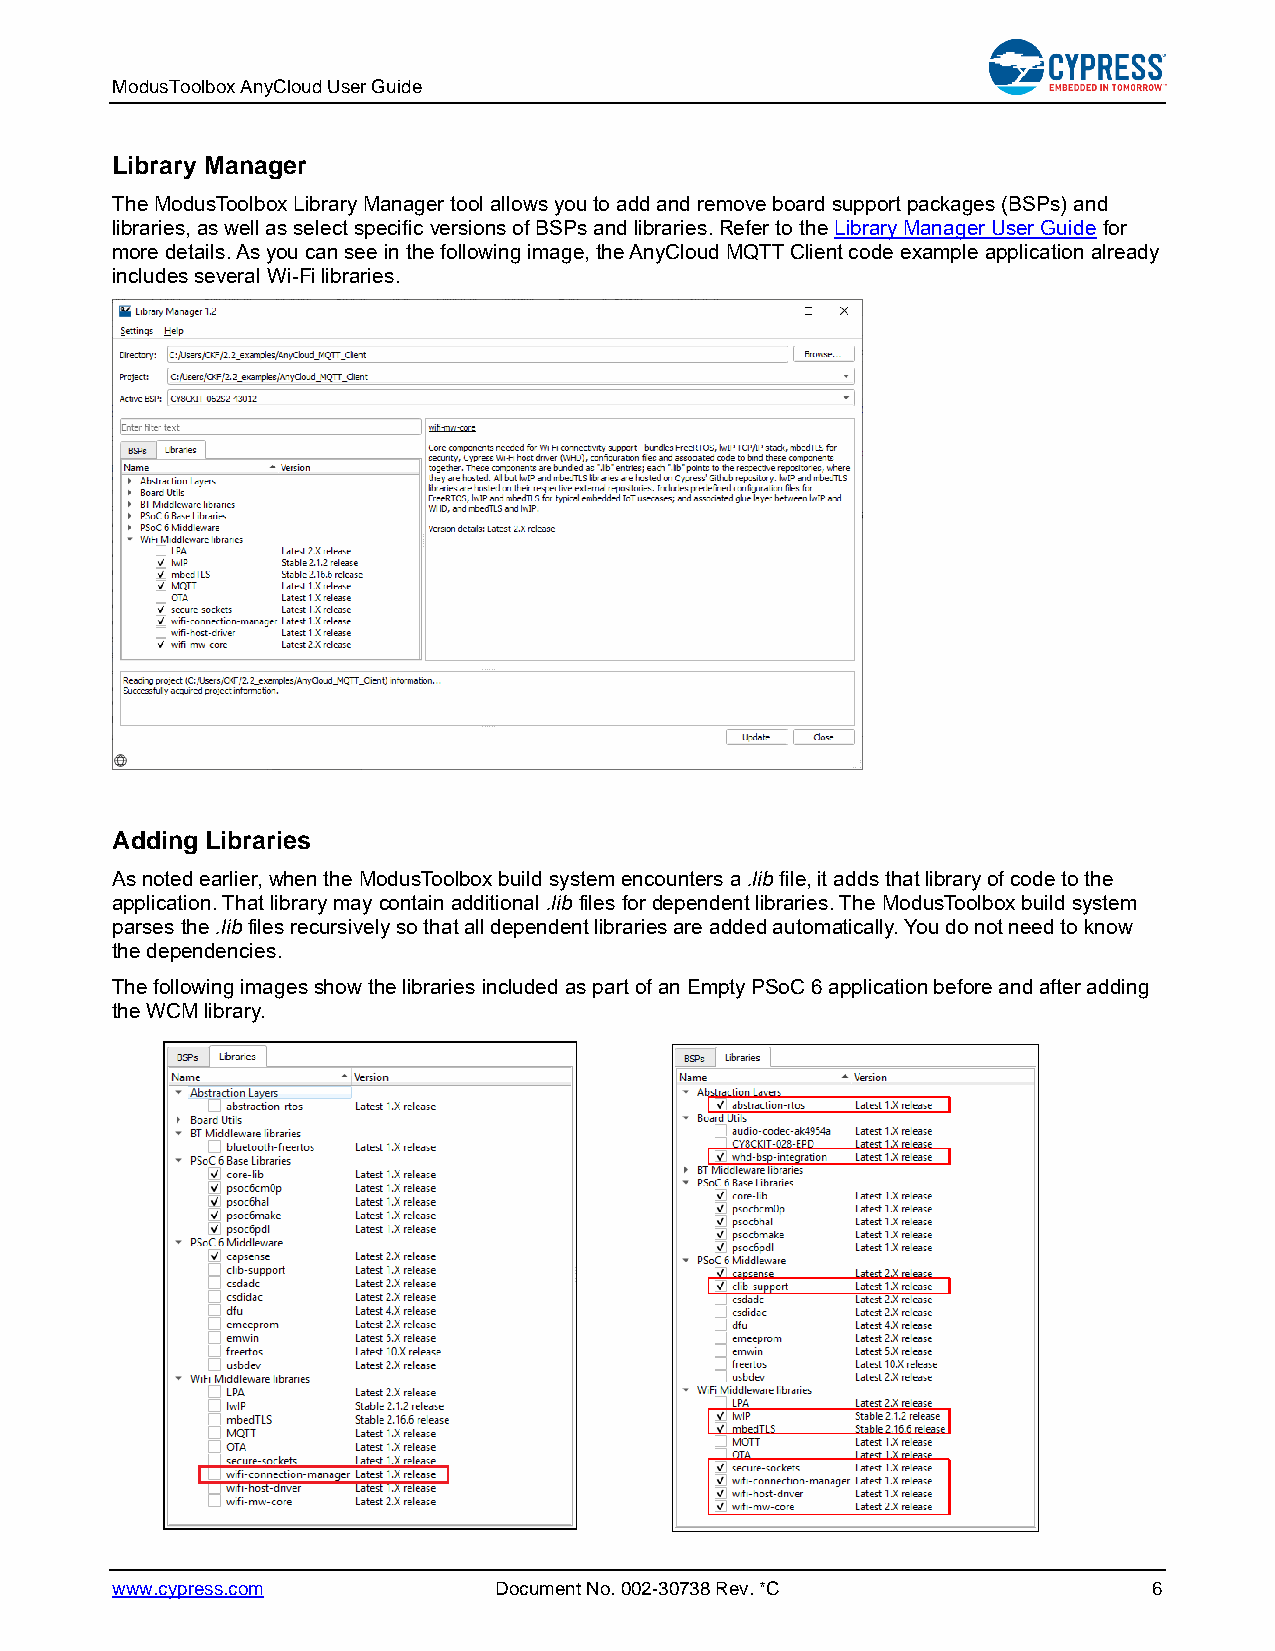
ModusToolbox AnyCloud User Guide
 Library Manager
 The ModusToolbox Library Manager tool allows you to add and remove board support packages (BSPs) and
 libraries, as well as select specific versions of BSPs and libraries. Refer to the Library Manager User Guide for
 more details. As you can see in the following image, the AnyCloud MQTT Client code example application already
 includes several Wi-Fi libraries.
 Adding Libraries
 As noted earlier, when the ModusToolbox build system encounters a .lib file, it adds that library of code to the
 application. That library may contain additional .lib files for dependent libraries. The ModusToolbox build system
 parses the .lib files recursively so that all dependent libraries are added automatically. You do not need to know
 the dependencies.
 The following images show the libraries included as part of an Empty PSoC 6 application before and after adding
 the WCM library.
 www.cypress.com           Document No. 002-30738 Rev. *C             6